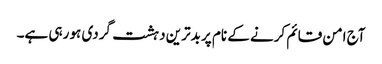
آج امن قائم کرنے کے نام پر بدترین دہشت گردی ہو رہی ہے۔